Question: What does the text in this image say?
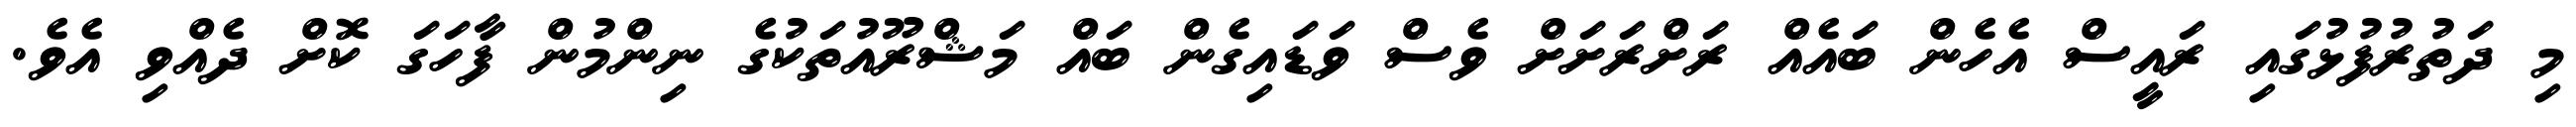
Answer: މި ދަތުރުފުޅުގައި ރައީސް އެހެން ބައެއް ރަށްރަށަށް ވެސް ވަޑައިގެން ބައް މަޝްރޫއުތަކުގެ ނިންމުން ފާހަގަ ކޮށް ދެއްވި އެވެ.